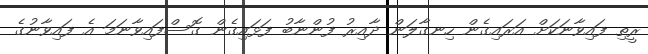
ރީތި ފައިވާނަކަށް އަރައިގެން ހިނގާލަން ދާއިރު ފުންނާބު ފަޅައިގެން ގޮސްފައިވާނަމަ އެ ފައިވާނުގެ